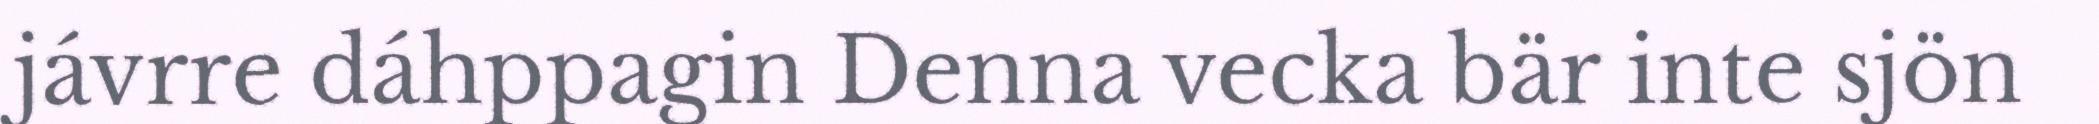
jávrre dáhppagin Denna vecka bär inte sjön